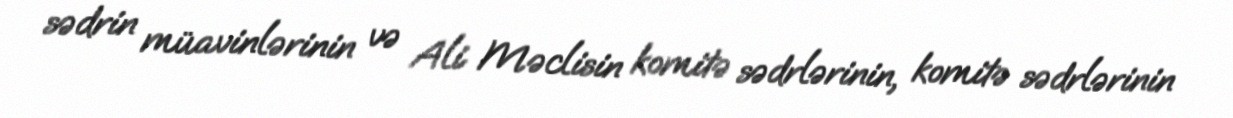
sədrin müavinlərinin və Ali Məclisin komitə sədrlərinin, komitə sədrlərinin